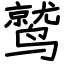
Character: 鹫